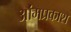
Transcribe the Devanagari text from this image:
ओंमप्रकाश